Newspaper: St. Paul daily globe. [volume]
Place of publication: Saint Paul, Minn.
Publisher: St. Paul Globe Print. Co.
Date: 1890-08-13 00:00:00
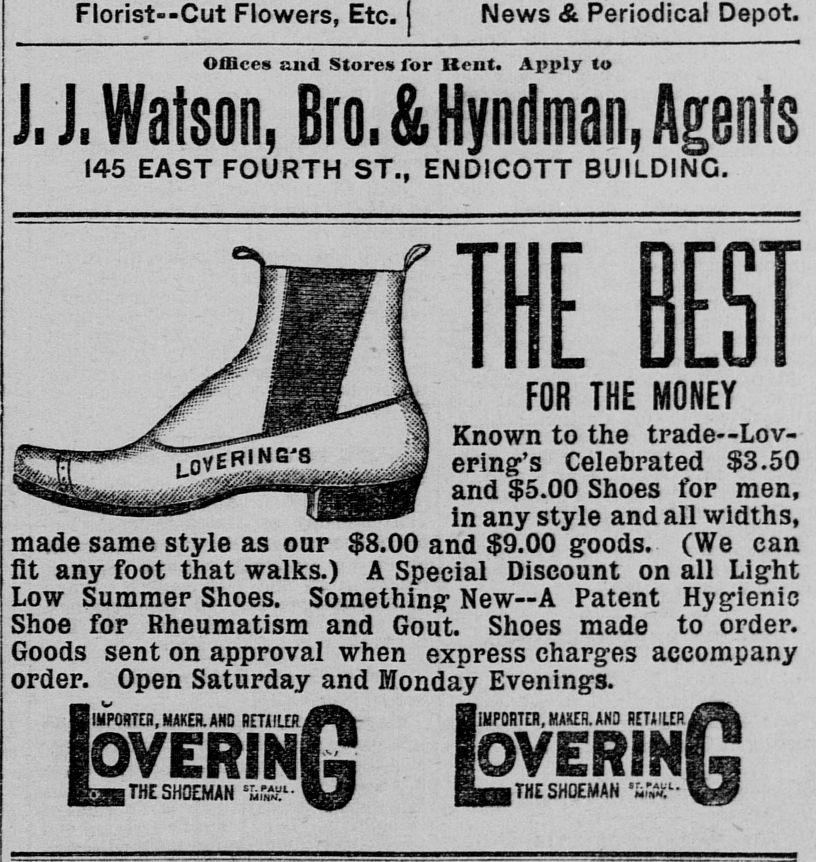
Advertisement text (OCR):
Florist--Cut Flowers, Etc. News & Periodical Depot. Offices and Stores for Rent. Apply to J. J, Watson, Bro. &Hyndman, Agents 145 EAST FOURTH ST., ENDICOTT BUILDING. jt' fl^Jk FOR THE MONEY mu^^^_^£ M^ ce r g^'^^ I Known to the trade—Lov fTTr**"^ lover?^'B^ ering's Celebrated $3.50 !^^__^i___0 i^^ f^_i_m and $5.00 Shoes for men, IUl ~— -as**^ ____B^ in any style and all widths, made same style as oar $8.00 and $9.00 goods. (We can fit any foot that walks.) A Special Discount on all Light Low Summer Shoes. Something New—A Patent Hygienic Shoe for Rheumatism and Gout. Shoes made to order. Goods sent on approval when express charges accompany order. Open Saturday and Monday Evenings. IMPORTER, MAKER. AND RETAILER 0& BiMPORTER, MAKER. ANO RETAItER^% loverinE! IbvEßiNy fj___ THE SHOEMAN f_i*Sfig*- fab— THE SHOEMAN ~;v.*- %§f
Label: illustrations